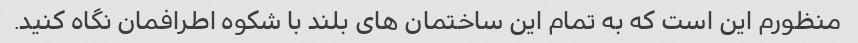
منظورم این است که به تمام این ساختمان های بلند با شکوه اطرافمان نگاه کنید.